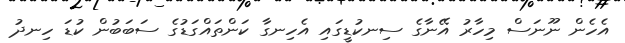
އެހެން ނޫނަސް މިހާރު އޭނާގެ ސިނކުޑީގައި އެހިނގާ ކަންތައްގަޑުގެ ސަބަބުން ކުޑަ ހިނދު